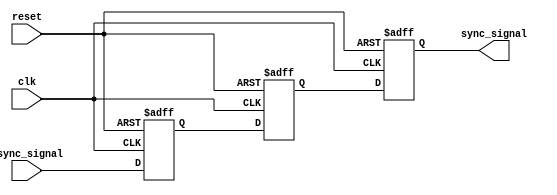
module triple_flip_flop_synchronizer (
    input wire clk,            // Clock signal
    input wire async_signal,   // Asynchronous input signal
    input wire reset,          // Optional reset signal
    output reg sync_signal     // Synchronized output signal
);

    reg sync_signal_1;        // Output of first flip-flop
    reg sync_signal_2;        // Output of second flip-flop

    // Synchronous process for flip-flops
    always @(posedge clk or posedge reset) begin
        if (reset) begin
            sync_signal_1 <= 1'b0;  // Reset state for FF1
            sync_signal_2 <= 1'b0;  // Reset state for FF2
            sync_signal <= 1'b0;     // Reset state for FF3
        end else begin
            sync_signal_1 <= async_signal;  // Capture async signal in FF1
            sync_signal_2 <= sync_signal_1; // Capture FF1 output in FF2
            sync_signal <= sync_signal_2;    // Capture FF2 output in FF3
        end
    end

endmodule